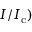
I / I _ { \mathrm { c } } )